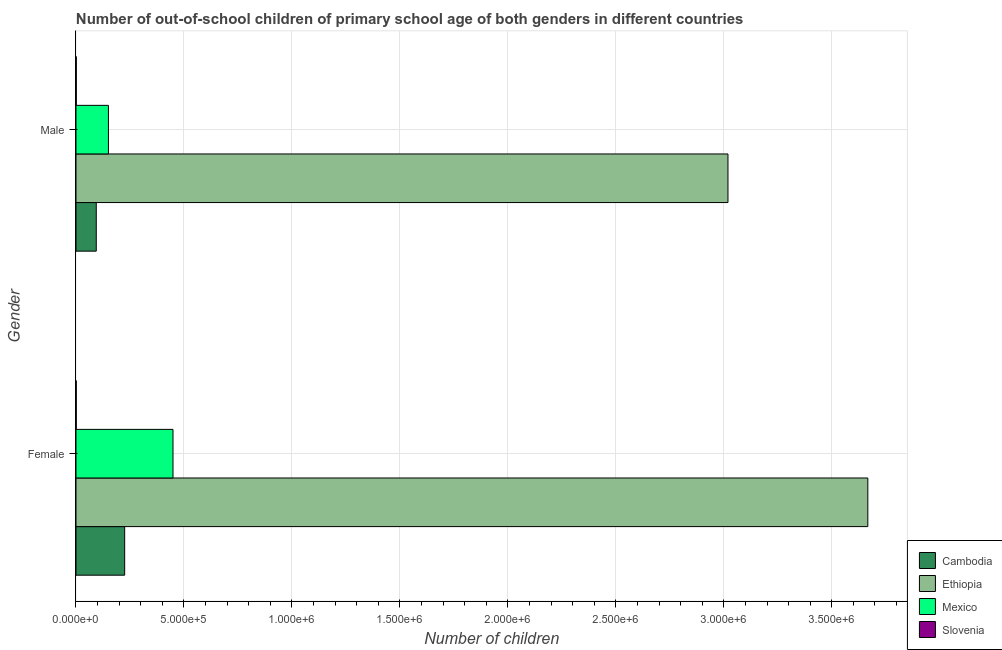
| Gender | Cambodia | Ethiopia | Mexico | Slovenia |
 | --- | --- | --- | --- | --- |
 | Female | 2.25e+05 | 3.67e+06 | 4.49e+05 | 1.15e+03 |
 | Male | 9.39e+04 | 3.02e+06 | 1.5e+05 | 1.36e+03 |